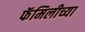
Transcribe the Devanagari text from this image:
फॅमिलीच्या